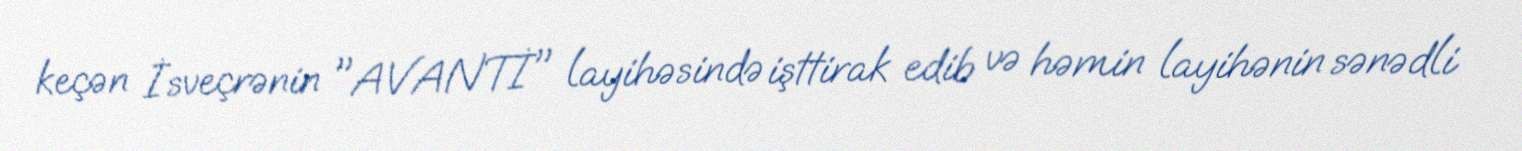
keçən İsveçrənin "AVANTİ" layihəsində işttirak edib və həmin layihənin sənədli